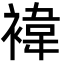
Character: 褘